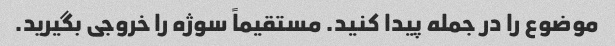
موضوع را در جمله پیدا کنید. مستقیماً سوژه را خروجی بگیرید.